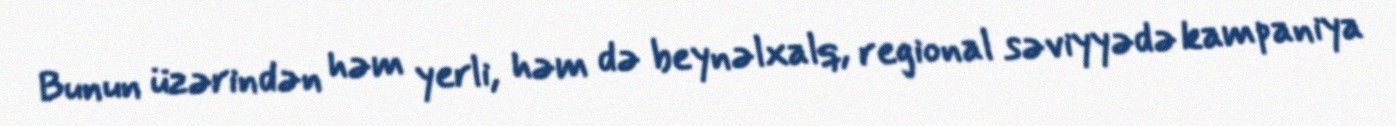
Bunun üzərindən həm yerli, həm də beynəlxalq, regional səviyyədə kampaniya